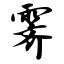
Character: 霁